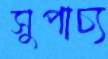
সুপাচ্য